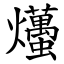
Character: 爡